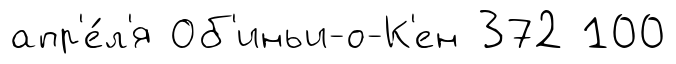
апр'е́л'я Об'иньи-о-К'ен 372 100